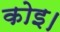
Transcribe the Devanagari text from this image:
कोइ।